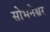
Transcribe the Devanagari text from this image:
सोभनेश्वर